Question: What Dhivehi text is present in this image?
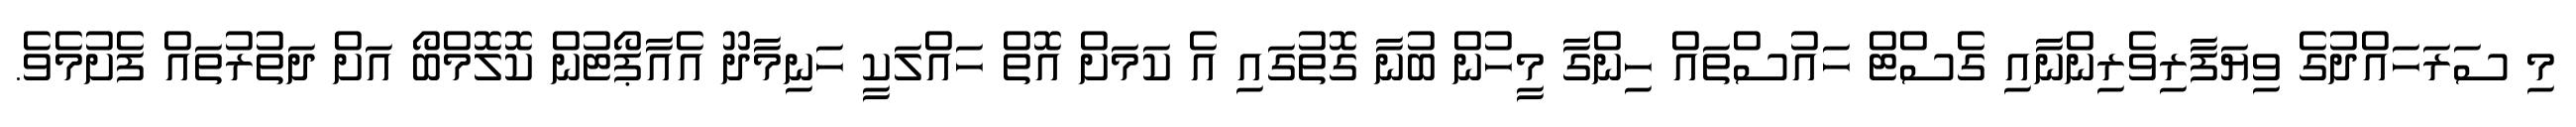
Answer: މި ސަރަހައްދުގެ ވިޔަފާރިވެރިންނާއި ގެސްޓް ހައުސްތައް ހިންގާ މީހުން ބުނާ ގޮތުގައި އެ ކަމަށް އޮތް ހައްލަކީ ހަނިމާދޫ އެއާޕޯޓުން ކޮލޮމްބޯ އަށް ދަތުރުތައް ފެށުމެވެ.